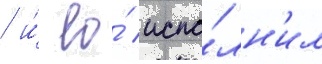
/ и́ ео́ испо́лн'ил